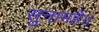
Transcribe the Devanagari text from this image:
सुनामहैं।।